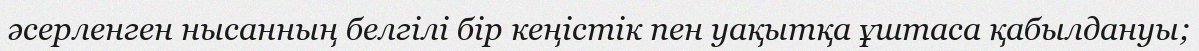
әсерленген нысанның белгілі бір кеңістік пен уақытқа ұштаса қабылдануы;